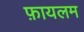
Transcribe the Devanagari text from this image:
फ़ायलम